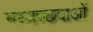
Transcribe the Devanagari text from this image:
मध्यच्छदाओं